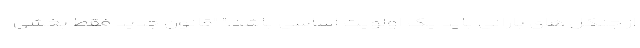
از جنگل های بارانی باید یک اولویت اساسی باشد." "قانون جدید فقط بخشی